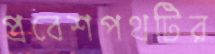
প্রবেশপথটির